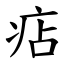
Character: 痁